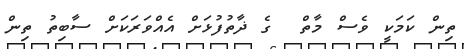
ތިން ކަމަކީ ވެސް މާތް  ގެ ޛާތުފުޅަށް އެއްވަރަކަށް ސާބިތު ތިން